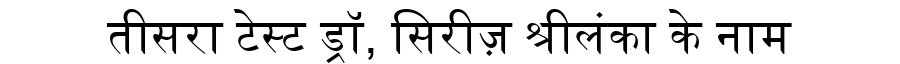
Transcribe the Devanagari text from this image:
तीसरा टेस्ट ड्रॉ, सिरीज़ श्रीलंका के नाम